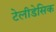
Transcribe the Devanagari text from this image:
टेलीडेसिक